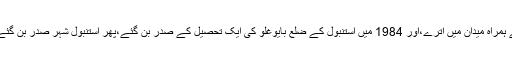
رجب طیب اردوغان 1983میں رفاہ پارٹی کی تاسیس کے ساتھ بڑی طاقت کے ہمراہ میدان میں اترے،اور 1984 میں استنبول کے ضلع بایوغلو کی ایک تحصیل کے صدر بن گئے،پھر استنبول شہر صدر بن گئے،اور 1985 میں رفاہ پارٹی کے مرکزی قرارداد کمیٹی کے رکن مقرر پائے ۔